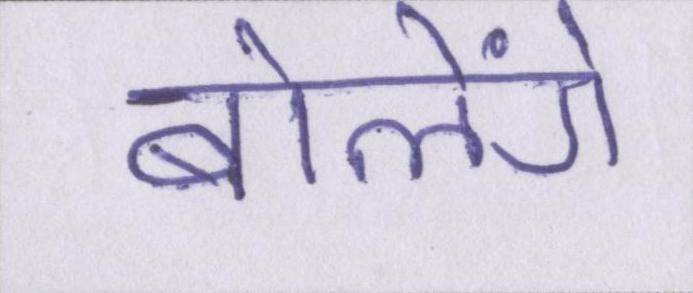
बोलेंगे